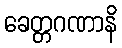
ခေတ္တဂဏာနိ